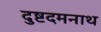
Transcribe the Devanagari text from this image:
दुष्टदमनाथ